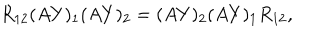
LaTeX: R _ { 1 2 } ( A Y ) _ { 1 } ( A Y ) _ { 2 } = ( A Y ) _ { 2 } ( A Y ) _ { 1 } R _ { 1 2 } ,